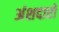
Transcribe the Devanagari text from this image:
अंशदारों